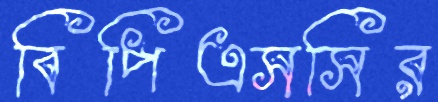
বিপিএসসির